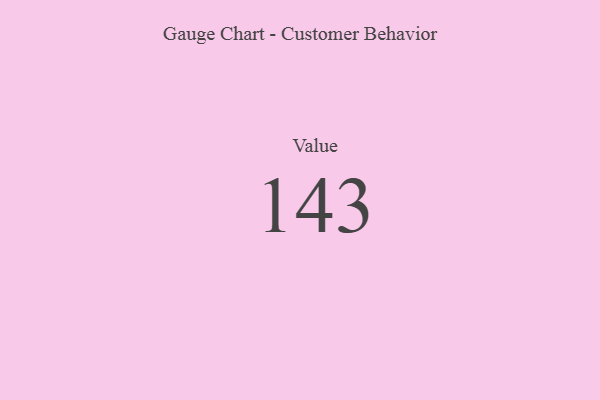
{"axis": {"x": "Metric", "y": "Value"}, "legend": [""], "data": [{"x": "Value", "y": 143, "type": ""}]}